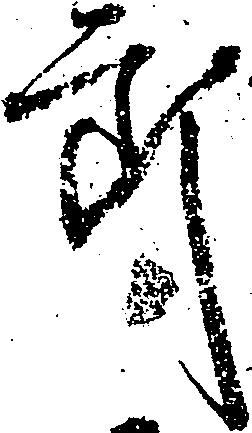
郎